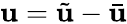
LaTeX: \mathbf{u}=\tilde{{\mathbf{u}}}-\bar{{\mathbf{u}}}